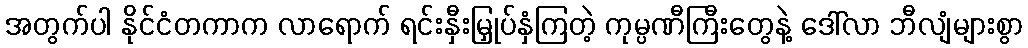
အတွက်ပါ နိုင်ငံတကာက လာရောက် ရင်းနှီးမြှုပ်နှံကြတဲ့ ကုမ္ပဏီကြီးတွေနဲ့ ဒေါ်လာ ဘီလျံများစွာ